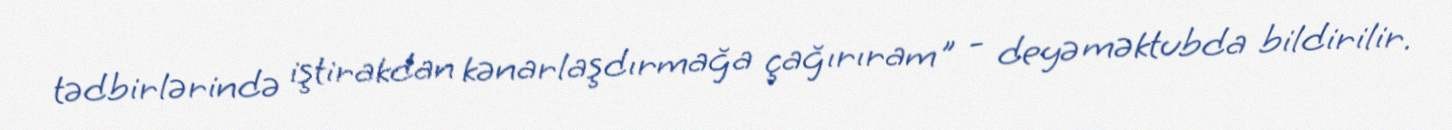
tədbirlərində iştirakdan kənarlaşdırmağa çağırıram" - deyə məktubda bildirilir.